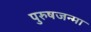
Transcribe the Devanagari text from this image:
पुरुषजन्मा